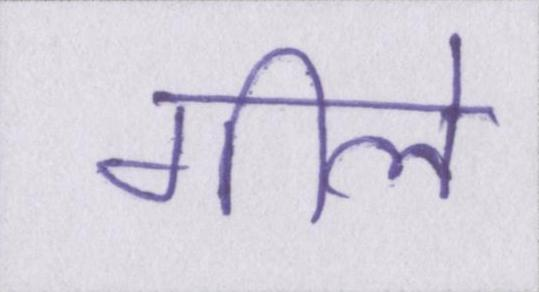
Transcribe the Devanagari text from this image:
गीले